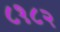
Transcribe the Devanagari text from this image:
८१८२